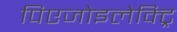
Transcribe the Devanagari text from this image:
पिएजोइलेक्ट्रि